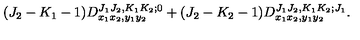
( J _ { 2 } - K _ { 1 } - 1 ) D _ { x _ { 1 } x _ { 2 } , y _ { 1 } y _ { 2 } } ^ { J _ { 1 } J _ { 2 } , K _ { 1 } K _ { 2 } ; 0 } + ( J _ { 2 } - K _ { 2 } - 1 ) D _ { x _ { 1 } x _ { 2 } , y _ { 1 } y _ { 2 } } ^ { J _ { 1 } J _ { 2 } , K _ { 1 } K _ { 2 } ; J _ { 1 } } .